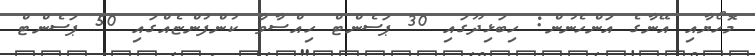
މޮހޯޔާއި އޭނާގެ އަންހެނުން: ހިބަޅިދޫގައި 30 ޕަސެންޓް ހިއްސާވާ ކުންފުންޏެއްގައި 50 ޕަސެންޓް